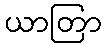
ယာတြာ